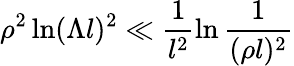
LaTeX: \rho^{2}\ln(\Lambda l)^{2}\ll\frac{1}{l^{2}}\ln\frac{1}{(\rho l)^{2}}